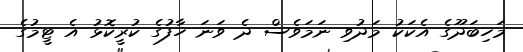
މަހިބަދޫގެ އެކަކު މަދުވި ނަމަވެސް ދެ ވަނަ ހާފުގެ ކުރީކޮޅު އެ ޓީމުގެ